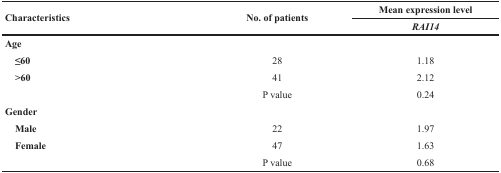
<table><thead><tr><td rowspan="2"><b>Characteristics</b></td><td rowspan="2"><b>No. of patients</b></td><td><b>Mean expression level</b></td></tr><tr><td><b><i>RAI14</i></b></td></tr></thead><tbody><tr><td><b>Age</b></td><td></td><td></td></tr><tr><td><b> ≤60</b></td><td>28</td><td>1.18</td></tr><tr><td><b> &gt;60</b></td><td>41</td><td>2.12</td></tr><tr><td></td><td>P value</td><td>0.24</td></tr><tr><td><b>Gender</b></td><td></td><td></td></tr><tr><td><b> Male</b></td><td>22</td><td>1.97</td></tr><tr><td><b> Female</b></td><td>47</td><td>1.63</td></tr><tr><td></td><td>P value</td><td>0.68</td></tr></tbody></table>